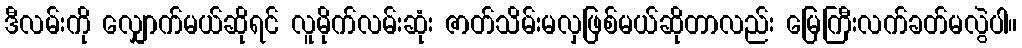
ဒီလမ်းကို လျှောက်မယ်ဆိုရင် လူမိုက်လမ်းဆုံး ဇာတ်သိမ်းမလှဖြစ်မယ်ဆိုတာလည်း မြေကြီးလက်ခတ်မလွဲပါ။